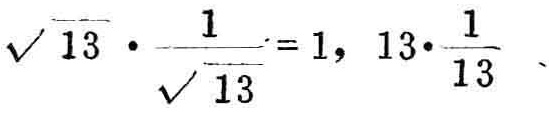
\(\sqrt{13}\cdot\frac{1}{\sqrt{13}} = 1, \ 13\cdot\frac{1}{13}\)